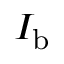
I _ { \mathrm { b } }